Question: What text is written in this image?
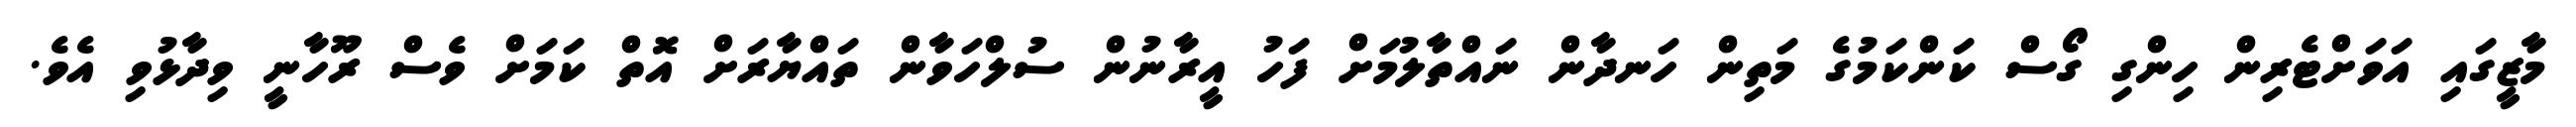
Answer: މާޒީގައި އަވަށްޓެރިން ހިންގި ގޯސް ކަންކަމުގެ މަތިން ހަނދާން ނައްތާލުމަށް ފަހު އީރާނުން ސުލްހަވާން ތައްޔާރަށް އޮތް ކަމަށް ވެސް ރޫހާނީ ވިދާޅުވި އެވެ.